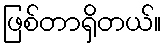
ဖြစ်တာရှိတယ်။